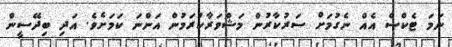
ނަމަ ޓެކްސް އެއް ނެގުމަށް ސަރުކާރުން މަޝްވަރާކުރަމުން އަންނަ ކަމަށެވެ. އަދި ބިދޭސީން